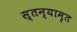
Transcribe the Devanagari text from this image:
स्तन्यामृत